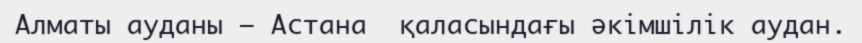
Алматы ауданы – Астана  қаласындағы әкімшілік аудан.